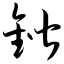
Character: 锴